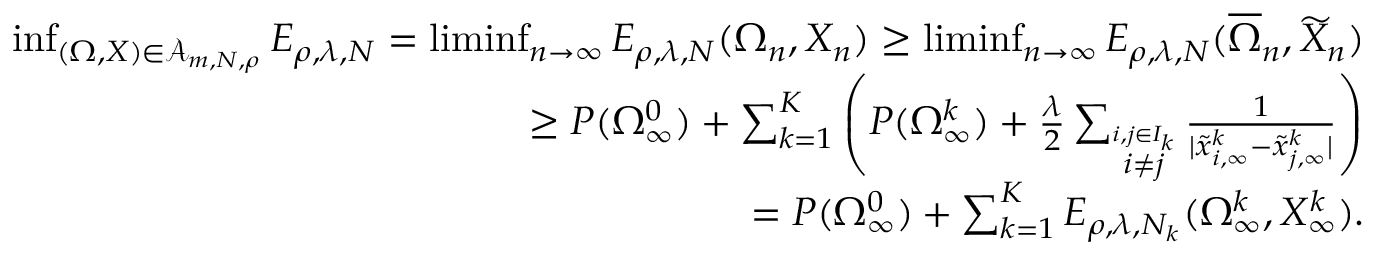
\begin{array} { r } { \operatorname* { i n f } _ { ( \Omega , X ) \in \mathcal A _ { m , N , \rho } } E _ { \rho , \lambda , N } = \operatorname* { l i m i n f } _ { n \to \infty } E _ { \rho , \lambda , N } ( \Omega _ { n } , X _ { n } ) \geq \operatorname* { l i m i n f } _ { n \to \infty } E _ { \rho , \lambda , N } ( \overline { \Omega } _ { n } , \widetilde X _ { n } ) } \\ { \geq P ( \Omega _ { \infty } ^ { 0 } ) + \sum _ { k = 1 } ^ { K } \left( P ( \Omega _ { \infty } ^ { k } ) + { \frac { \lambda } { 2 } } \sum _ { \stackrel { i , j \in I _ { k } } { i \not = j } } { \frac { 1 } { | \tilde { x } _ { i , \infty } ^ { k } - \tilde { x } _ { j , \infty } ^ { k } | } } \right) } \\ { = P ( \Omega _ { \infty } ^ { 0 } ) + \sum _ { k = 1 } ^ { K } E _ { \rho , \lambda , N _ { k } } ( \Omega _ { \infty } ^ { k } , X _ { \infty } ^ { k } ) . } \end{array}